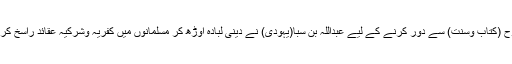
سو ایک منظم منصوبہ بندی کے تحت مسلمانوں کے نظریات وعقائد کو کمزور کرنے اور انہیں اسلام کی روح (کتاب وسنت) سے دور کرنے کے لیے عبداللہ بن سبا(یہودی) نے دینی لبادہ اوڑھ کر مسلمانوں میں کفریہ وشرکیہ عقائد راسخ کرنے کا تہیا کیا اور بڑی مہارت اور چابکدستی سے اس نے لوگوں میں غلط نظریات کی ترویج شروع کردی ۔